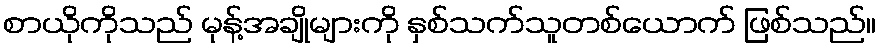
စာယိုကိုသည် မုန့်အချိုများကို နှစ်သက်သူတစ်ယောက် ဖြစ်သည်။